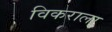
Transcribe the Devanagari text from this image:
विकराला